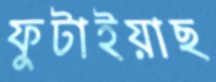
ফুটাইয়াছ